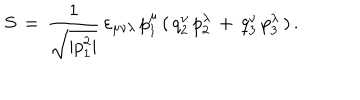
S \, = \, \frac { 1 } { \sqrt { | p _ { 1 } ^ { 2 } | } } \, \varepsilon _ { \mu \nu \lambda } \, p _ { 1 } ^ { \mu } \, ( \, q _ { 2 } ^ { \nu } \, p _ { 2 } ^ { \lambda } \, + \, q _ { 3 } ^ { \nu } \, p _ { 3 } ^ { \lambda } \, ) \, { . }